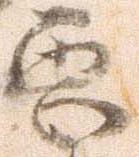
悪